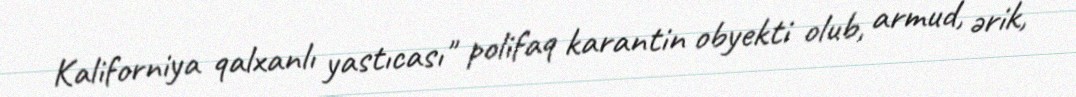
Kaliforniya qalxanlı yastıcası" polifaq karantin obyekti olub, armud, ərik,